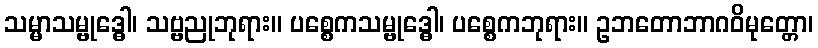
သမ္မာသမ္ဗုဒ္ဓေါ၊ သဗ္ဗညုဘုရား။ ပစ္စေကသမ္ဗုဒ္ဓေါ၊ ပစ္စေကဘုရား။ ဥဘတောဘာဂဝိမုတ္တော၊